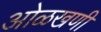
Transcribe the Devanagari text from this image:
ओळखणी